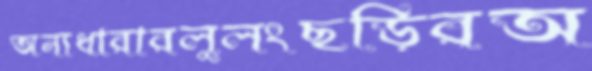
অন্যধারারলুলংছড়িরঅ